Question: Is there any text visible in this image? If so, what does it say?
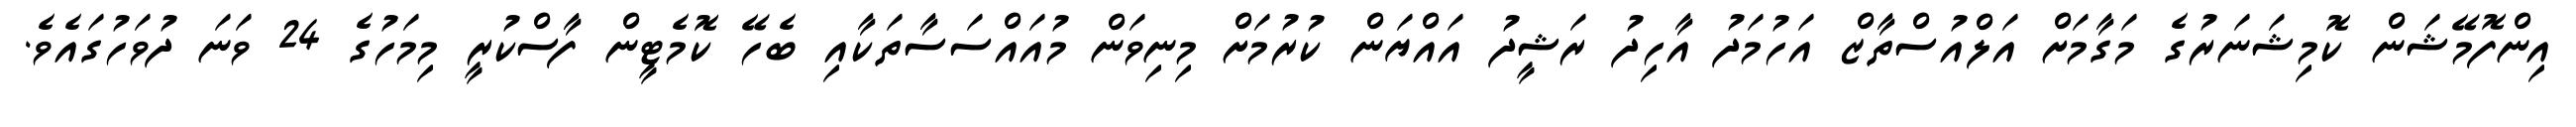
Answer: އިންފޮމޭޝަން ކޮމިޝަނަރުގެ މަގާމަށް އަލްއުސްތާޒް އަހުމަދު އާހިދު ރަޝީދު އައްޔަން ކުރުމަށް މިނިވަން މުއައްސަސާތަކާއި ބެހޭ ކޮމެޓީން ފާސްކުރީ މިމަހުގެ 24 ވަނަ ދުވަހުގައެވެ.